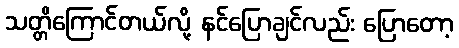
သတ္တိကြောင်တယ်လို့ နင်ပြောချင်လည်း ပြောတော့